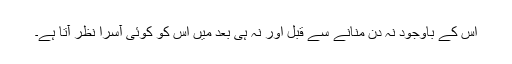
اس کے باوجود نہ دن منانے سے قبل اور نہ ہی بعد میں اس کو کوئی آسرا نظر آتا ہے۔